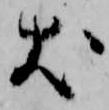
犬